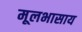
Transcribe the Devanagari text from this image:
मूलभासाय